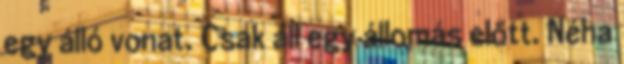
egy álló vonat. Csak áll egy állomás előtt. Néha